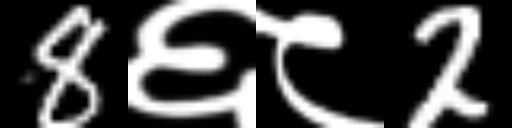
Text: 8६८2